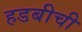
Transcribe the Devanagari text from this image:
हडबीची